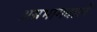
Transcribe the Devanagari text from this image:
अग्रभागवाले